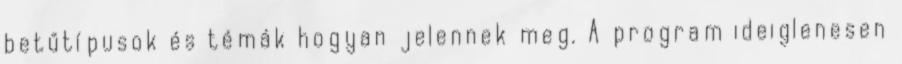
betűtípusok és témák hogyan jelennek meg. A program ideiglenesen